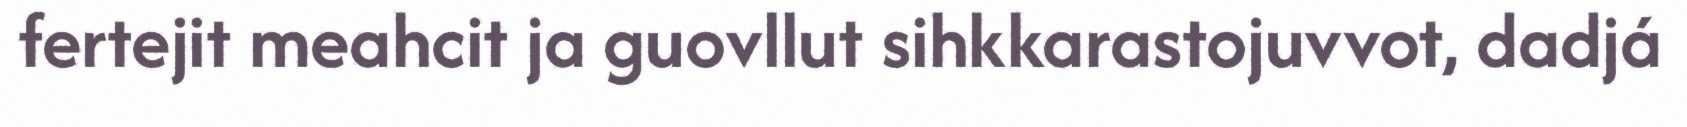
fertejit meahcit ja guovllut sihkkarastojuvvot, dadjá